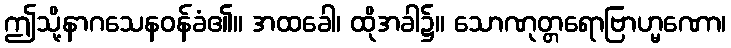
ဤသို့နာဂသေနဝန်ခံ၏။ အထခေါ၊ ထိုအခါ၌။ သောဏုတ္တရောဗြာဟ္မဏော၊